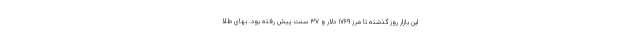
این بازار روز گذشته تا مرز ۱۷۶۹ دلار و ۳۷ سنت پیش رفته بود. بهای طلا